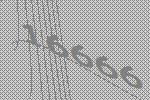
16666